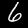
Label: 6